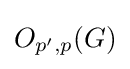
O_{p',p}(G)